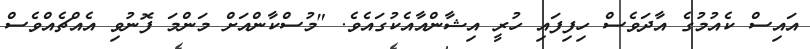
އައިސް ކެއުމުގެ އާދަވެސް ހިފިފައި ހުރީ އިޝާންއާއެކުގައެވެ. "މުސްކާންއަށް މަންމަ ފޮނުވި އެއްޗެއްވެސް